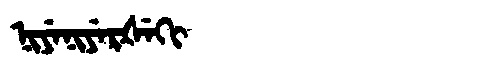
Manchu: ᠨᡳᠶᡝᠨᡳᠶᡝᡵᡧᡝᡴᡳ
Romanization: NIYENIYERŠEKI